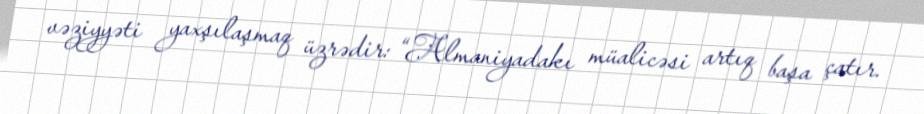
vəziyyəti yaxşılaşmaq üzrədir: “Almaniyadakı müalicəsi artıq başa çatır.